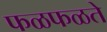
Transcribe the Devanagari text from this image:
फळफळते